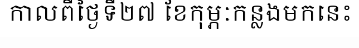
កាលពីថ្ងៃទី២៧ ខែកុម្ភៈកន្លងមកនេះ